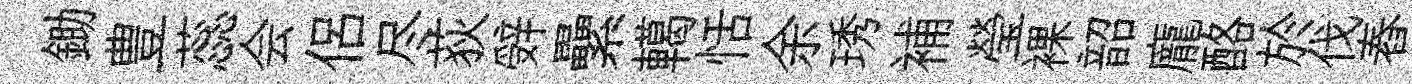
鋤豊蕊会侶尽荻辤纍轕恬余琇補瑩裸韶龐酪於伐舂